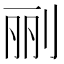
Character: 𰄭